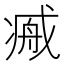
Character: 𢧞